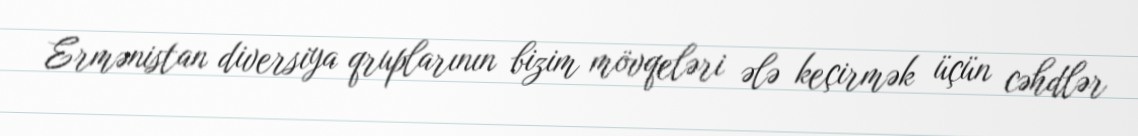
Ermənistan diversiya qruplarının bizim mövqeləri ələ keçirmək üçün cəhdlər